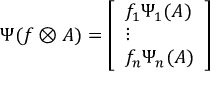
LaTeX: \Psi ( f \otimes A ) = { \left[ \begin{array} { l } { f _ { 1 } \Psi _ { 1 } ( A ) } \\ { \vdots } \\ { f _ { n } \Psi _ { n } ( A ) } \end{array} \right] }